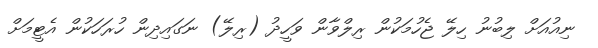
ނިއުއަށް ލިބުނު ހިލޭ ޖެހުމަކުން ރިލްވާން ވަހީދު (ރިލޭ) ނަގައިދިން ހުރަހަކުން އެޓީމަށް